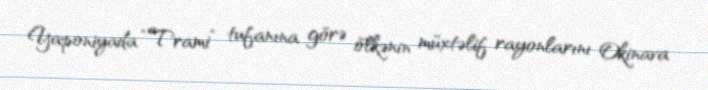
Yaponiyada “Trami” tufanına görə ölkənin müxtəlif rayonlarını Okinava